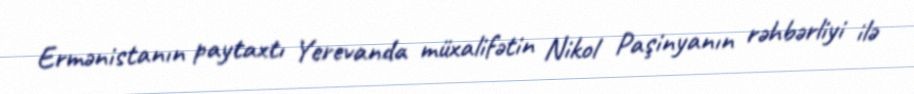
Ermənistanın paytaxtı Yerevanda müxalifətin Nikol Paşinyanın rəhbərliyi ilə